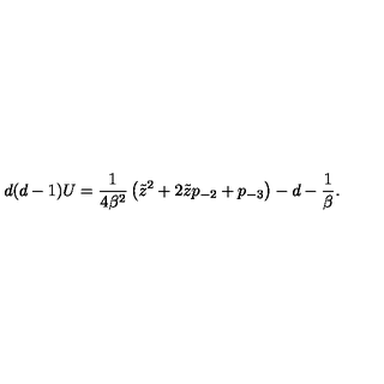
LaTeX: d ( d - 1 ) U = { \frac { 1 } { 4 \beta ^ { 2 } } } \left( \tilde { z } ^ { 2 } + 2 \tilde { z } p _ { - 2 } + p _ { - 3 } \right) - d - { \frac { 1 } { \beta } } .